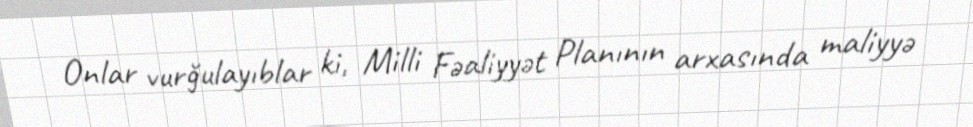
Onlar vurğulayıblar ki, Milli Fəaliyyət Planının arxasında maliyyə